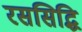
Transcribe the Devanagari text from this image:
रससिद्धि